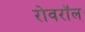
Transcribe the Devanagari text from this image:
रोवरॉल